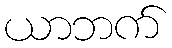
ယာဘက်